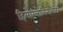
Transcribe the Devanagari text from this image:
हिमोग्लोबिनोमीटर